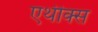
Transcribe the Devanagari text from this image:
एथीक्स